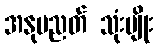
အနုပညတ် သုံးမျိုး